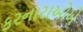
કરનારાઓએ